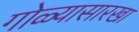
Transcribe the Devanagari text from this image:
गोळ्यासारखा